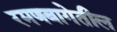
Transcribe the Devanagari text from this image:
रमणबागेतील